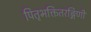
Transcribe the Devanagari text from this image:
पितृभक्तितरङ्गिणी